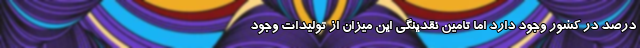
درصد در کشور وجود دارد اما تامین نقدینگی این میزان از تولیدات وجود